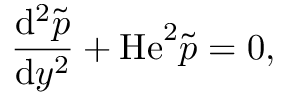
\frac { \mathrm { d } ^ { 2 } \widetilde { p } } { \mathrm { d } y ^ { 2 } } + \mathrm { H e } ^ { 2 } \widetilde { p } = 0 ,